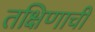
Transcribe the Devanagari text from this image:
तक्षिणाची